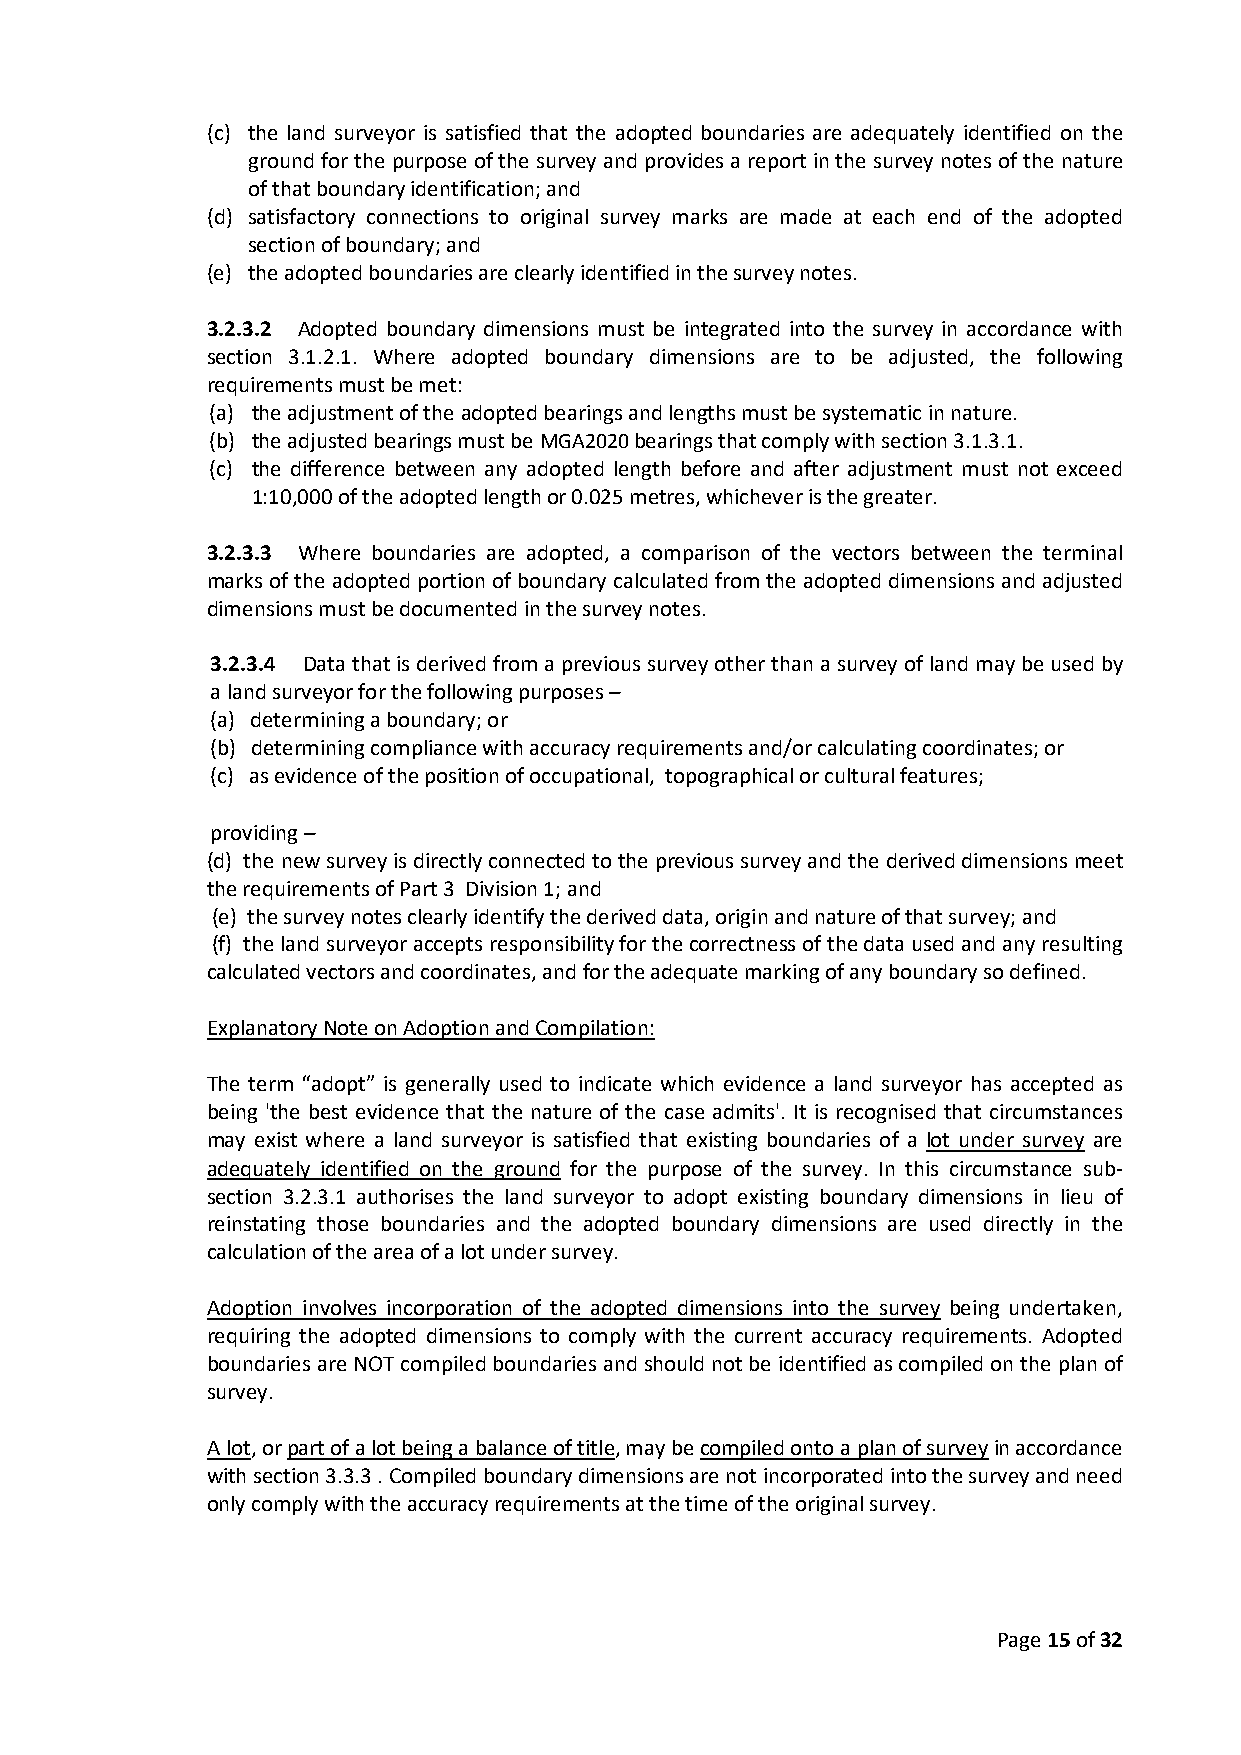
(c) the land surveyor is satisfied that the adopted boundaries are adequately identified on the
 ground for the purpose of the survey and provides a report in the survey notes of the nature
 of that boundary identification; and
 (d) satisfactory connections to original survey marks are made at each end of the adopted
 section of boundary; and
 (e) the adopted boundaries are clearly identified in the survey notes.
 3.2.3.2 Adopted boundary dimensions must be integrated into the survey in accordance with
 section 3.1.2.1. Where adopted boundary dimensions are to be adjusted, the following
 requirements must be met:
 (a) the adjustment of the adopted bearings and lengths must be systematic in nature.
 (b) the adjusted bearings must be MGA2020 bearings that comply with section 3.1.3.1.
 (c) the difference between any adopted length before and after adjustment must not exceed
 1:10,000 of the adopted length or 0.025 metres, whichever is the greater.
 3.2.3.3 Where boundaries are adopted, a comparison of the vectors between the terminal
 marks of the adopted portion of boundary calculated from the adopted dimensions and adjusted
 dimensions must be documented in the survey notes.
 3.2.3.4 Data that is derived from a previous survey other than a survey of land may be used by
 a land surveyor for the following purposes –
 (a) determining a boundary; or
 (b) determining compliance with accuracy requirements and/or calculating coordinates; or
 (c) as evidence of the position of occupational, topographical or cultural features;
 providing –
 (d) the new survey is directly connected to the previous survey and the derived dimensions meet
 the requirements of Part 3 Division 1; and
 (e) the survey notes clearly identify the derived data, origin and nature of that survey; and
 (f) the land surveyor accepts responsibility for the correctness of the data used and any resulting
 calculated vectors and coordinates, and for the adequate marking of any boundary so defined.
 Explanatory Note on Adoption and Compilation:
 The term “adopt” is generally used to indicate which evidence a land surveyor has accepted as
 being 'the best evidence that the nature of the case admits'. It is recognised that circumstances
 may exist where a land surveyor is satisfied that existing boundaries of a lot under survey are
 adequately identified on the ground for the purpose of the survey. In this circumstance sub-
 section 3.2.3.1 authorises the land surveyor to adopt existing boundary dimensions in lieu of
 reinstating those boundaries and the adopted boundary dimensions are used directly in the
 calculation of the area of a lot under survey.
 Adoption involves incorporation of the adopted dimensions into the survey being undertaken,
 requiring the adopted dimensions to comply with the current accuracy requirements. Adopted
 boundaries are NOT compiled boundaries and should not be identified as compiled on the plan of
 survey.
 A lot, or part of a lot being a balance of title, may be compiled onto a plan of survey in accordance
 with section 3.3.3 . Compiled boundary dimensions are not incorporated into the survey and need
 only comply with the accuracy requirements at the time of the original survey.
 Page 15 of 32